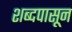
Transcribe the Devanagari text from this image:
शब्दपासून